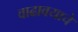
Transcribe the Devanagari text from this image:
वाढावयाचे